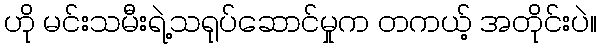
ဟို မင်းသမီးရဲ့သရုပ်ဆောင်မှုက တကယ့် အတိုင်းပဲ။